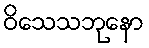
ဝိသေသဘုနော